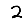
Digit: 2